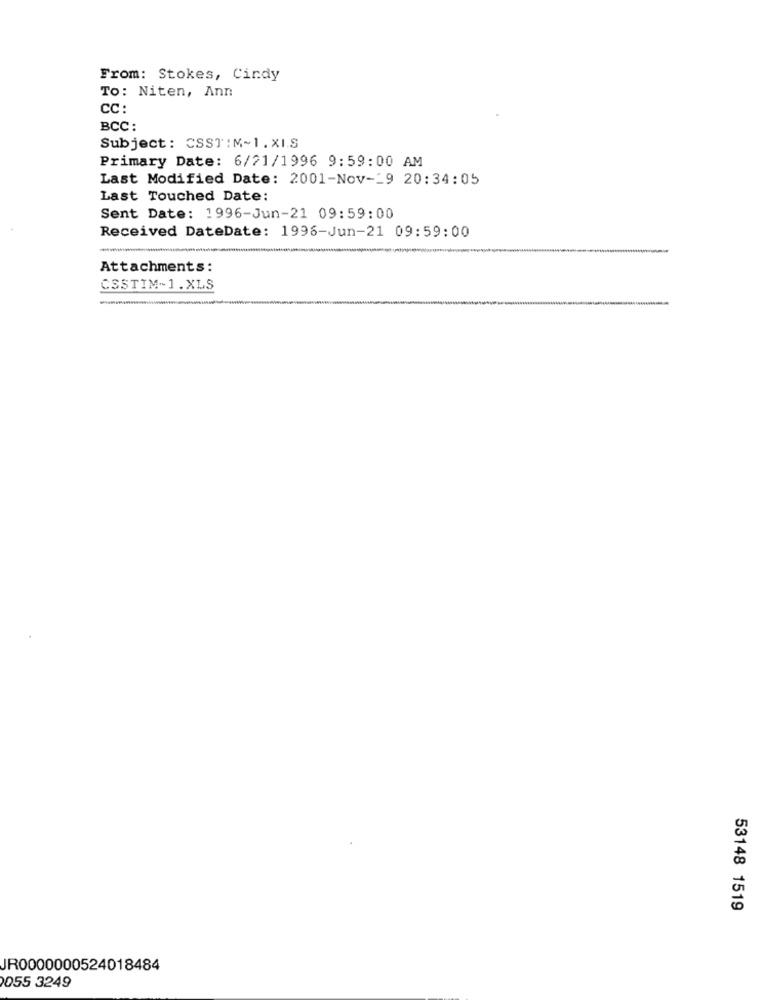
From: Stokes, Cindy
To: Niten, Ann
CC :
BCC:
Subject: CSST:M~1.XI.S
Primary Date: 6/21/1996 9:59:00 AM
Last Modified Date: 2001-Nov-29 20:34:05
Last Touched Date:
Sent Date: 1996-Jun-21 09:59:00
Received DateDate: 1996-Jun-21 09:59:00
-
Attachments:
CSSTIM-1.XLS
53148 1519
JR0000000524018484
055 3249